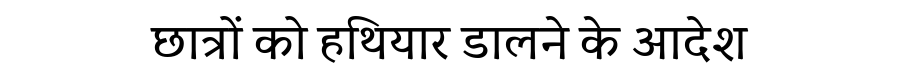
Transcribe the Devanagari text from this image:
छात्रों को हथियार डालने के आदेश